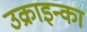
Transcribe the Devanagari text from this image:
उक्राइन्का